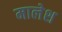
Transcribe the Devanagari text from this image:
मालेश